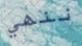
ننهي